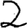
Digit: 2